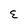
Character: E